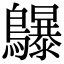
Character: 鸔